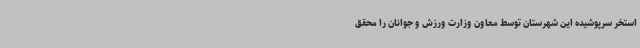
استخر سرپوشیده این شهرستان توسط معاون وزارت ورزش و جوانان را محقق